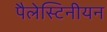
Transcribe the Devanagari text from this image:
पैलेस्टिनीयन